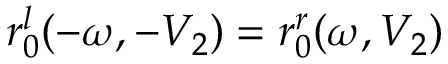
r _ { 0 } ^ { l } ( - \omega , - V _ { 2 } ) = r _ { 0 } ^ { r } ( \omega , V _ { 2 } )